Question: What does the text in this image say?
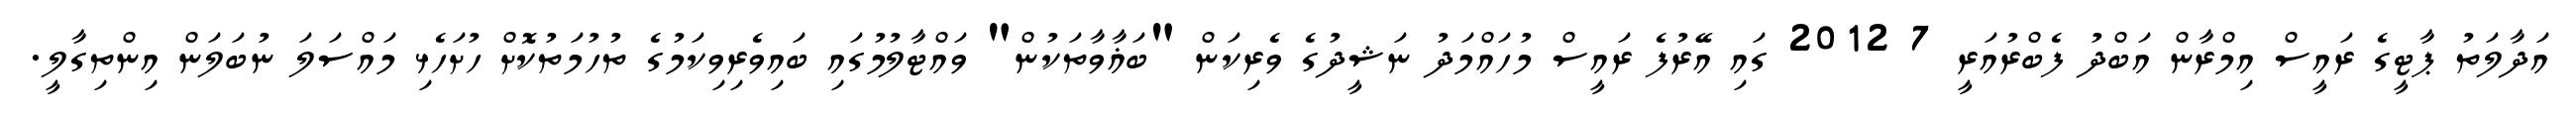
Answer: އަދާލަތު ޕާޓީގެ ރައީސް އިމްރާން އަބްދު ފެބްރުއަރީ 7 2012 ގައި އޭރުފެ ރައީސް މުހައްމަދު ނަޝީދުގެ ވެރިކަން "ބަޣާވާތަކުން" ވައްޓާލުމުގައި ބައިވެރިވިކަމުގެ ތުހުމަތުކޮށް ހުށަހެޅި މައްސަލަ ނުބަލަން އިންތިގާލީ.